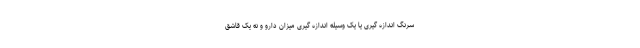
سرنگ اندازه گیری یا یک وسیله اندازه گیری میزان دارو و نه یک قاشق